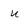
Character: U